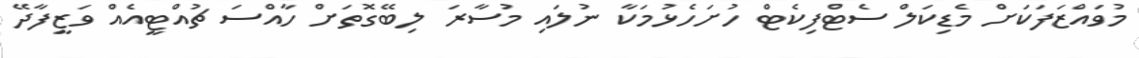
މުވައްޒަފަކަށް މެޑިކަލް ސެޓްފިކެޓް ހުށަހެޅުމަކާ ނުލައި މުސާރަ ލިބޭގޮތަށް ހާއްސަ ޗުއްޓީއެއް ވަޒީފާދޭ